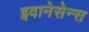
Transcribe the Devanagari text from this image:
इवानेसेन्स